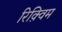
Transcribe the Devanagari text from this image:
रिक़्विम